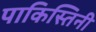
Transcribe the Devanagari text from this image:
पाकिस्तिनी